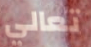
تعالي